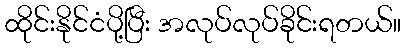
ထိုင်းနိုင်ငံပို့ပြီး အလုပ်လုပ်ခိုင်းရတယ်။